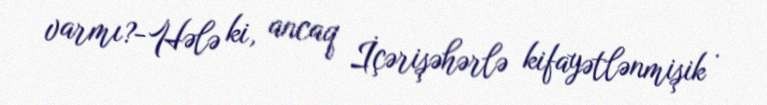
varmı?-Hələ ki, ancaq İçərişəhərlə kifayətlənmişik .